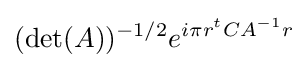
(\det(A))^{-1/2}e^{i\pi r^{t}CA^{-1}r}